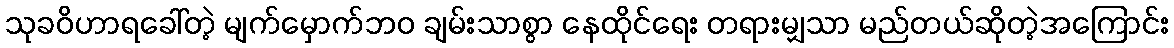
သုခဝိဟာရခေါ်တဲ့ မျက်မှောက်ဘဝ ချမ်းသာစွာ နေထိုင်ရေး တရားမျှသာ မည်တယ်ဆိုတဲ့အကြောင်း